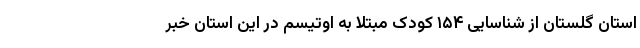
استان گلستان از شناسایی ۱۵۴ کودک مبتلا به اوتیسم در این استان خبر